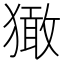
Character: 㺖